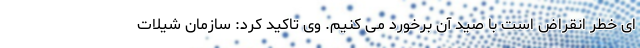
ای خطر انقراض است با صید آن برخورد می کنیم. وی تاکید کرد: سازمان شیلات